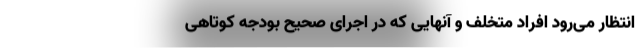
انتظار می‌رود افراد متخلف و آنهایی که در اجرای صحیح بودجه کوتاهی